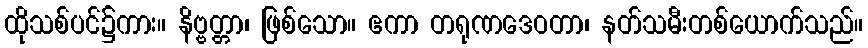
ထိုသစ်ပင်၌ကား။ နိဗ္ဗတ္တာ၊ ဖြစ်သော။ ဧကာ တရုဏဒေဝတာ၊ နတ်သမီးတစ်ယောက်သည်။